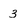
Character: 3